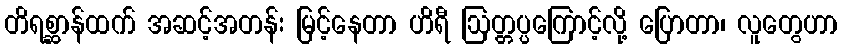
တိရစ္ဆာန်ထက် အဆင့်အတန်း မြင့်နေတာ ဟိရီ ဩတ္တပ္ပကြောင့်လို့ ပြောတာ၊ လူတွေဟာ